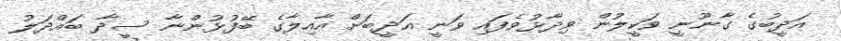
އަދީބުގެ ގާނޫނީ ވަކީލުން ވިދާޅުވެފައި ވަނީ އަދީބަށް އާއިލާގެ ބޭފުޅުންނާ ސީދާ ބައްދަލު